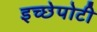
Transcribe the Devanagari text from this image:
इच्छेपोटी